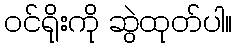
ဝင်ရိုးကို ဆွဲထုတ်ပါ။